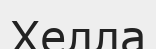
Хелла